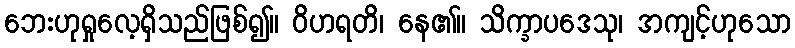
ဘေးဟုရှုလေ့ရှိသည်ဖြစ်၍။ ဝိဟရတိ၊ နေ၏။ သိက္ခာပဒေသု၊ အကျင့်ဟုသော